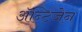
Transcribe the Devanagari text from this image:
अॅन्टिजेन